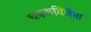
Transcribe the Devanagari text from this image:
चषकविजेता